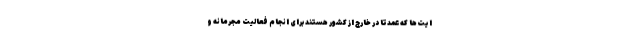
ایت‌ها که عمدتا در خارج از کشور هستند برای انجام فعالیت مجرمانه و